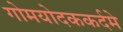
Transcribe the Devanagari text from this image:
गोमयोदककर्दमे